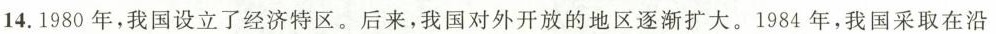
14.1980年，我国设立了经济特区。后来，我国对外开放的地区逐渐扩大。1984年，我国采取在沿